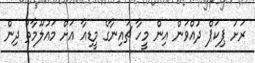
ރަށު ޕިކަޕް ދުއްވަން އިން މީހާ ޗައިނާގެ މީޑިއާ އަށް މައުލޫމާތު ދިން